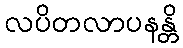
လပိတလာပနန္တိ